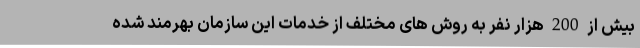
بیش از 200 هزار نفر به روش های مختلف از خدمات این سازمان بهرمند شده